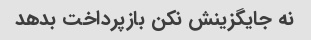
نه جایگزینش نکن بازپرداخت بدهد